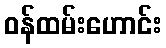
ဝန်ထမ်းဟောင်း